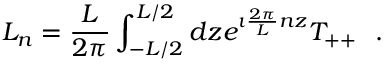
L _ { n } = { \frac { L } { 2 \pi } } \int _ { - L / 2 } ^ { L / 2 } d z e ^ { \imath { \frac { 2 \pi } { L } } n z } T _ { + + } ~ ~ .